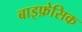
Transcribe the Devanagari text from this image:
बाइफ़ेसिक